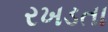
રખડતા